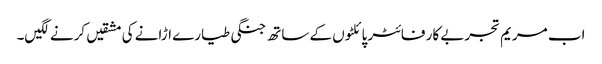
اب مریم تجربے کار فائٹر پائلٹوں کے ساتھ جنگی طیارے اڑانے کی مشقیں کرنے لگیں۔